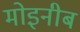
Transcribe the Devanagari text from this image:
मोइनीब